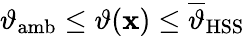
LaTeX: \begin{array}{r}{\vartheta_{\mathrm{amb}}\leq\vartheta(\mathbf{x})\leq\overline{{\vartheta}}_{\mathrm{HSS}}}\end{array}